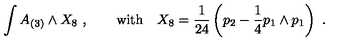
\int A _ { ( 3 ) } \wedge X _ { 8 } \ , \qquad \mathrm { w i t h } \quad X _ { 8 } = { \frac { 1 } { 2 4 } } \left( p _ { 2 } - { \frac { 1 } { 4 } } p _ { 1 } \wedge p _ { 1 } \right) \ .